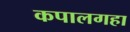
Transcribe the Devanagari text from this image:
कपालगहा